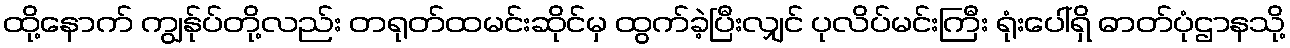
ထို့နောက် ကျွန်ုပ်တို့လည်း တရုတ်ထမင်းဆိုင်မှ ထွက်ခဲ့ပြီးလျှင် ပုလိပ်မင်းကြီး ရုံးပေါ်ရှိ ဓာတ်ပုံဌာနသို့